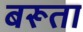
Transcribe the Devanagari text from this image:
बरूता